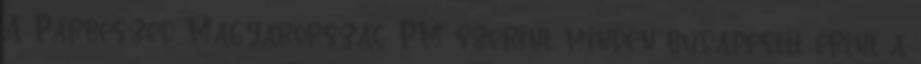
A Párbeszéd Magyarország PM szerint minden budapestit érint a